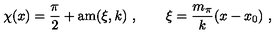
\chi ( x ) = \frac { \pi } { 2 } + \mathrm { a m } ( \xi , k ) \ , \qquad \xi = \frac { m _ { \pi } } { k } ( x - x _ { 0 } ) \ ,